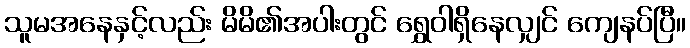
သူမအနေနှင့်လည်း မိမိ၏အပါးတွင် ရွှေဝါရှိနေလျှင် ကျေနပ်ပြီ။